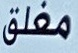
مغلق